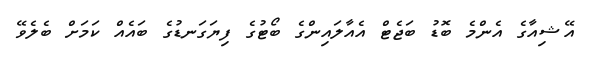
އޭޝިއާގެ އެންމެ ބޮޑު ބަޖެޓް އެއާލައިންގެ ބޯޓުގެ ފިޔަގަނޑުގެ ބައެއް ކަމަށް ބެލެވޭ